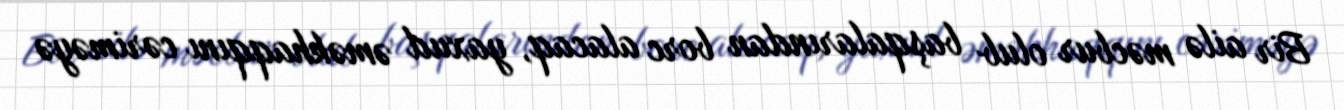
Bir ailə məcbur olub başqalarından borc alacaq, yaxud əməkhaqqını cəriməyə